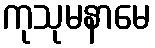
ကုသုမနာမေ